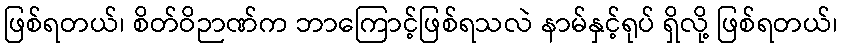
ဖြစ်ရတယ်၊ စိတ်ဝိဉာဏ်က ဘာကြောင့်ဖြစ်ရသလဲ နာမ်နှင့်ရုပ် ရှိလို့ ဖြစ်ရတယ်၊